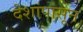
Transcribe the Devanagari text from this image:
देशांपासून